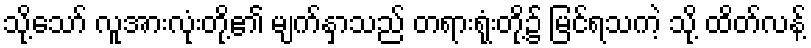
သို့သော် လူအားလုံးတို့၏ မျက်နှာသည် တရားရုံးတို့၌ မြင်ရသကဲ့ သို့ ထိတ်လန့်